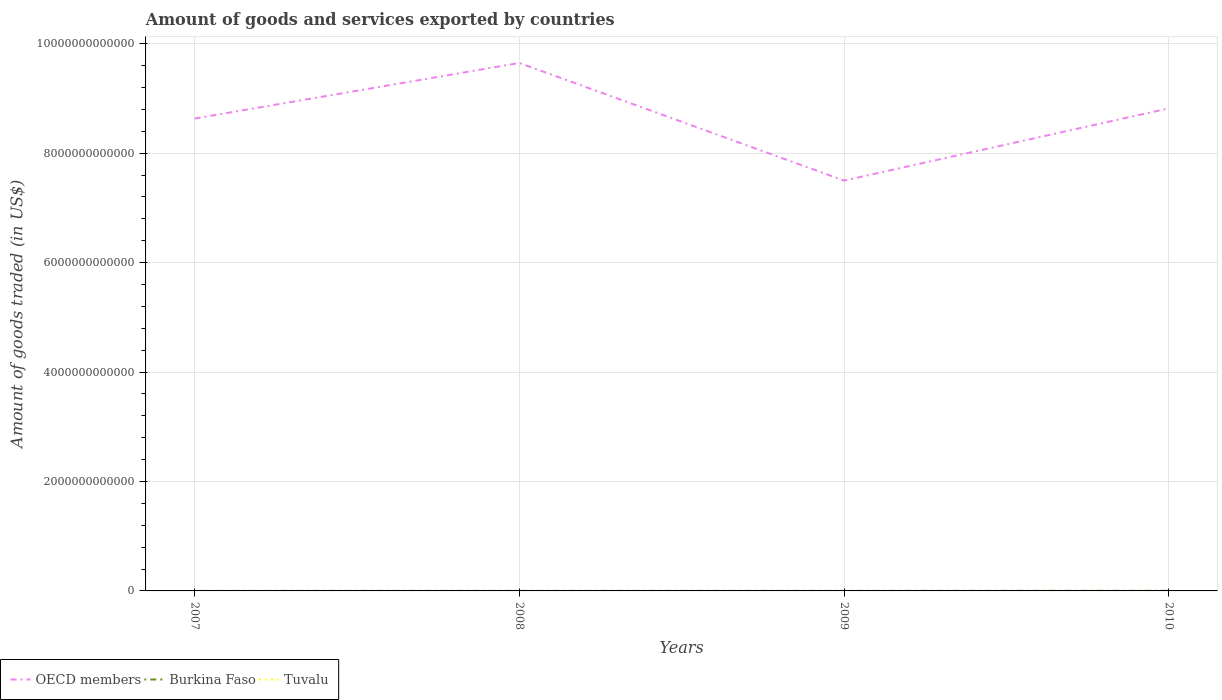
| Years | OECD members | Burkina Faso | Tuvalu |
 | --- | --- | --- | --- |
 | 2007 | 8.63e+12 | 6.55e+08 | 4.01e+05 |
 | 2008 | 9.65e+12 | 8.58e+08 | 5.43e+05 |
 | 2009 | 7.5e+12 | 9e+08 | 2.57e+06 |
 | 2010 | 8.82e+12 | 1.59e+09 | 1e+07 |